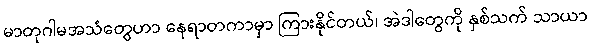
မာတုဂါမအသံတွေဟာ နေရာတကာမှာ ကြားနိုင်တယ်၊ အဲဒါတွေကို နှစ်သက် သာယာ